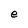
Character: e